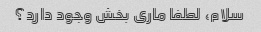
سلام، لطفا ماری بخش وجود دارد؟